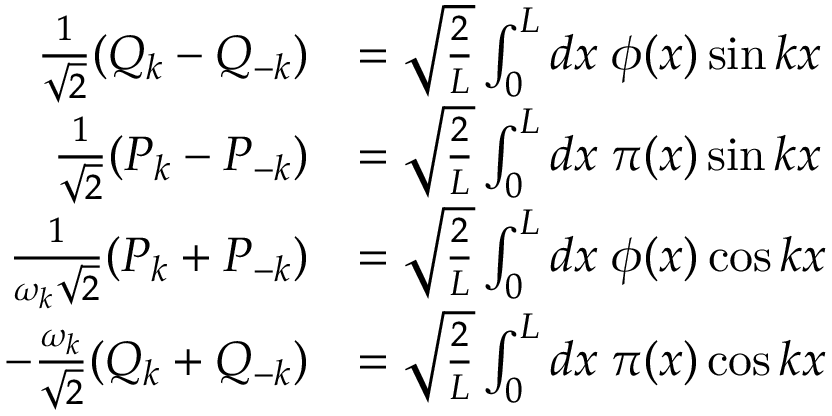
\begin{array} { r l } { \frac { 1 } { \sqrt { 2 } } ( Q _ { k } - Q _ { - k } ) } & { = \sqrt { \frac { 2 } { L } } \int _ { 0 } ^ { L } d x \; \phi ( x ) \sin k x } \\ { \frac { 1 } { \sqrt { 2 } } ( P _ { k } - P _ { - k } ) } & { = \sqrt { \frac { 2 } { L } } \int _ { 0 } ^ { L } d x \; \pi ( x ) \sin k x } \\ { \frac { 1 } { \omega _ { k } \sqrt { 2 } } ( P _ { k } + P _ { - k } ) } & { = \sqrt { \frac { 2 } { L } } \int _ { 0 } ^ { L } d x \; \phi ( x ) \cos k x } \\ { - \frac { \omega _ { k } } { \sqrt { 2 } } ( Q _ { k } + Q _ { - k } ) } & { = \sqrt { \frac { 2 } { L } } \int _ { 0 } ^ { L } d x \; \pi ( x ) \cos k x } \end{array}